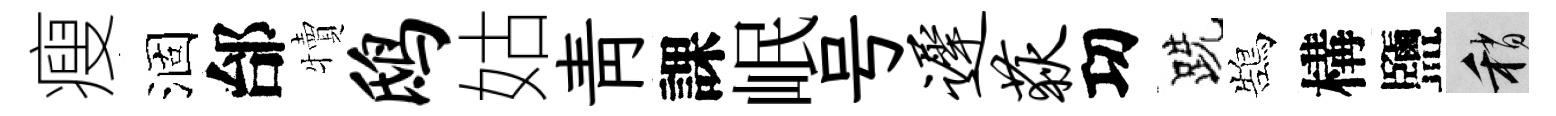
瘦涸邰犢鸱姑靑課岷号迟荻㓛跣鵠構鹽稍